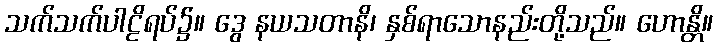
သက်သက်ပါဠိရပ်၌။ ဒွေ နယသတာနိ၊ နှစ်ရာသောနည်းတို့သည်။ ဟောန္တိ။